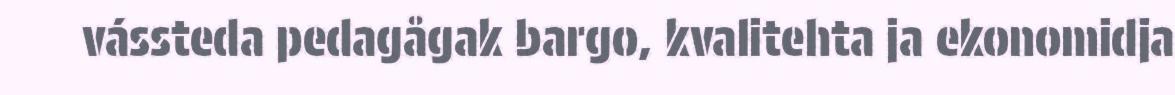
vássteda pedagågak bargo, kvalitehta ja ekonomidja